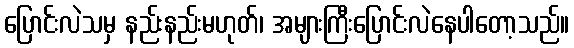
ပြောင်းလဲသမှ နည်းနည်းမဟုတ်၊ အများကြီးပြောင်းလဲနေပါတော့သည်။